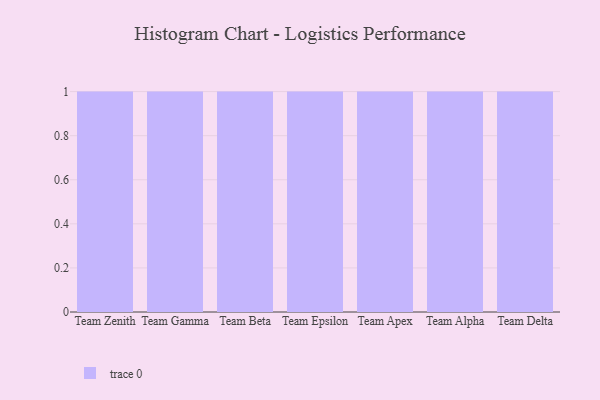
{"axis": {"x": "Team", "y": "Headcount"}, "legend": [""], "data": [{"x": "Team Zenith", "y": 34, "type": ""}, {"x": "Team Gamma", "y": 54, "type": ""}, {"x": "Team Beta", "y": 74, "type": ""}, {"x": "Team Epsilon", "y": 45, "type": ""}, {"x": "Team Apex", "y": 99, "type": ""}, {"x": "Team Alpha", "y": 29, "type": ""}, {"x": "Team Delta", "y": 3, "type": ""}]}